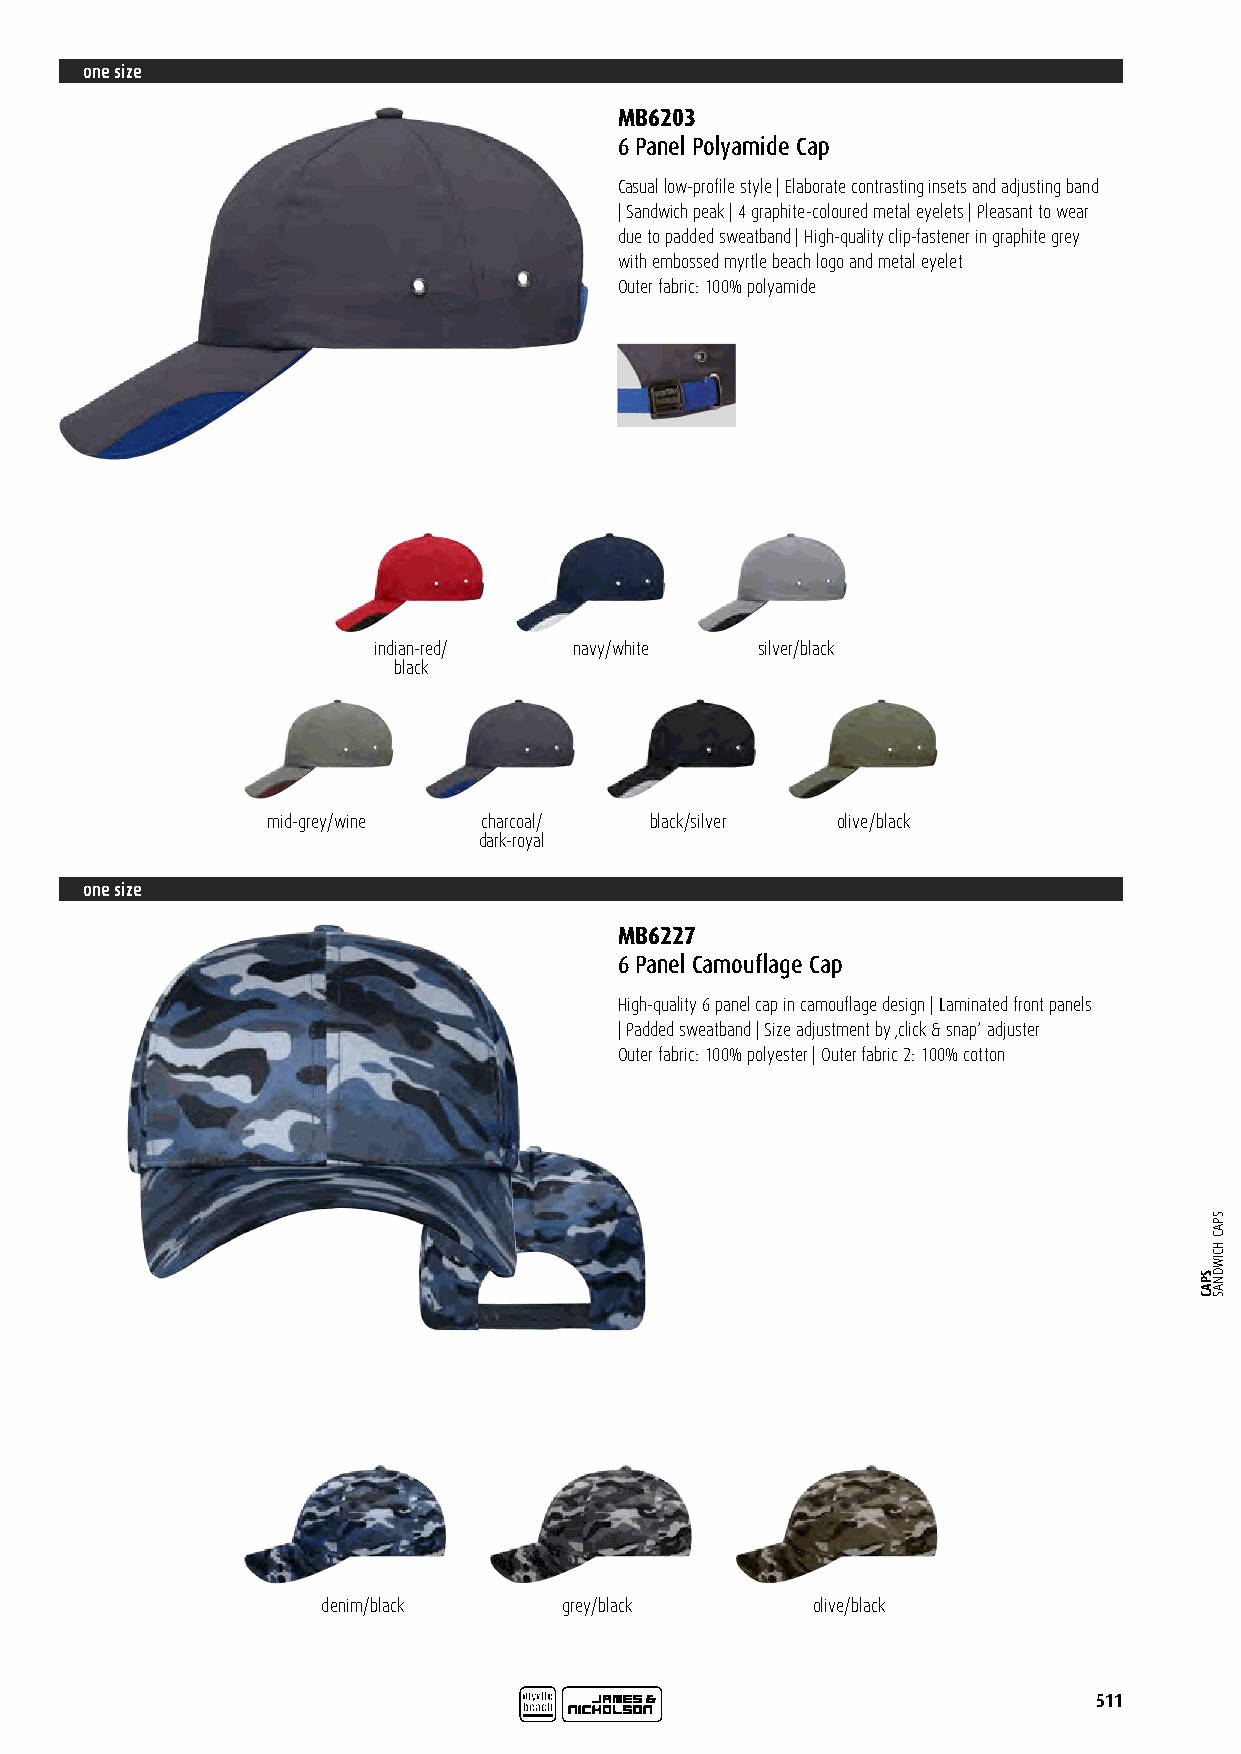
one size
 MB6203
 6 Panel Polyamide Cap
 Casual low-profile style | Elaborate contrasting insets and adjusting band
 | Sandwich peak | 4 graphite-coloured metal eyelets | Pleasant to wear
 due to padded sweatband | High-quality clip-fastener in graphite grey
 with embossed myrtle beach logo and metal eyelet
 Outer fabric: 100% polyamide
 indian-red/  navy/white  silver/black
 black
 mid-grey/wine charcoal/  black/silver olive/black
 dark-royal
 one size
 MB6227
 6 Panel Camouflage Cap
 High-quality 6 panel cap in camouflage design | Laminated front panels
 | Padded sweatband | Size adjustment by ‚click & snap‘ adjuster
 Outer fabric: 100% polyester | Outer fabric 2: 100% cotton
 denim/black     grey/black       olive/black
 511
 SPAC
 SPAC
 HCIWDNAS